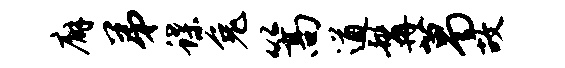
廨弟蝶兔篙遒髯葛故